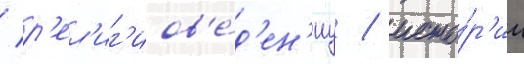
/ р'ел'иг'иов'е́д'ен'иу / исто́р'ии